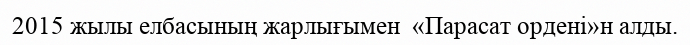
2015 жылы елбасының жарлығымен  «Парасат ордені»н алды.